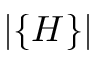
| \{ H \} |